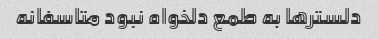
دلستر‌ها به طمع دلخواه نبود متاسفانه